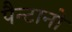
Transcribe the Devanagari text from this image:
पैन्टानो